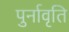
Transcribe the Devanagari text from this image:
पुर्नावृति